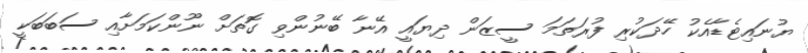
ޔުނައިޓެޑާއެކު ހޭދަކުރި ފުރަތަމަ ސީޒަން ދިޔައީ އޭނާ ބޭނުންވި ގޮތަށް ނޫންކަމަށާއި ސަބަބަކީ